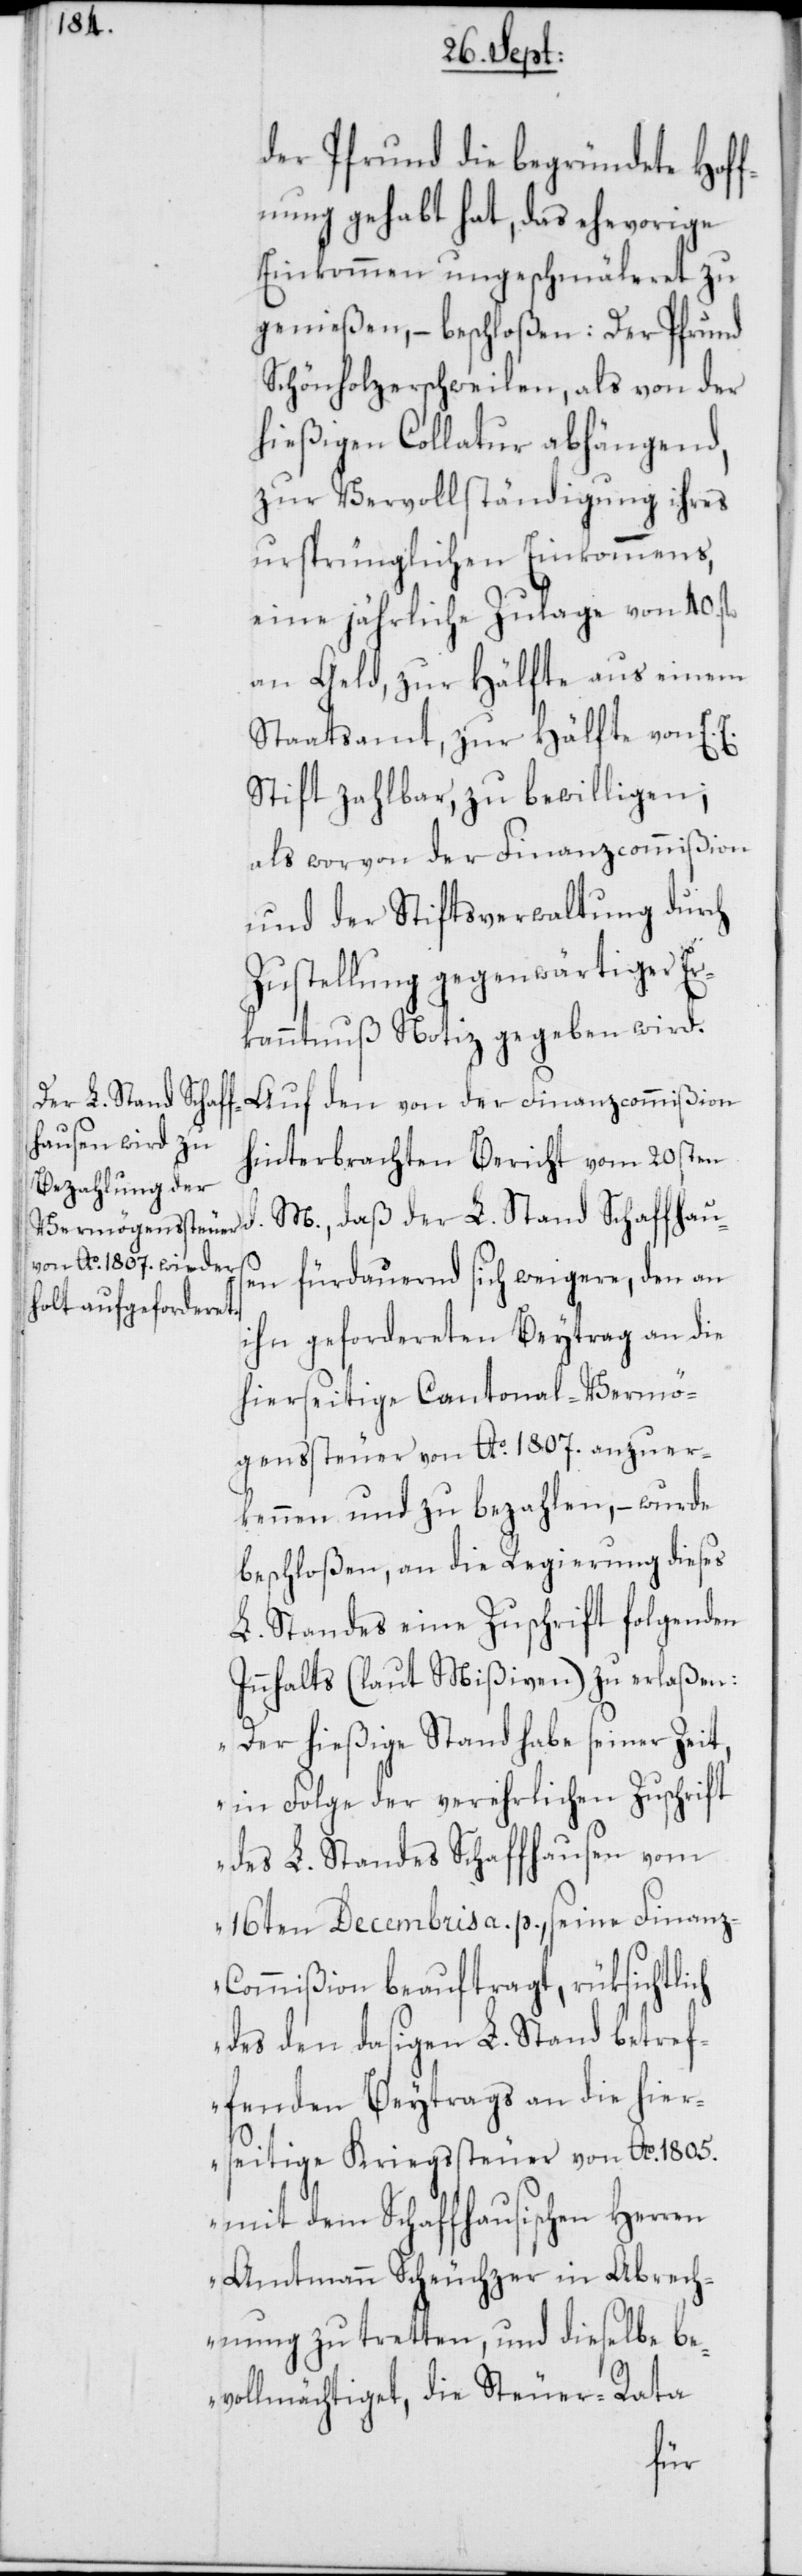
fhaus¬

der Pfrund die begründete Hoff¬
nung gehabt hat, daß ehevorige
Einkommen ungeschmäleret zu
genießen, – beschloßen: Der Pfrund
Schönholzerschweilen, als von der
hießigen Collatur abhängend,
zur Vervollständigung ihres
ursprünglichen Einkommens,
eine jährliche Zulage von 40.
an Geld, zur Hälfte aus einem
Staatsamt, zur Hälfte von E. E.
Stift zahlbar, zu bewilligen;
als worvon der Finanzcommißion
und der Stiftsverwaltung durch
Zustellung gegenwärtiger Er¬
kanntnuß Notiz gegeben wird.
der L. Stand Schaf¬
Auf den von der Finanzcommißion
hinterbrachten Bericht vom 20sten
en fürdauernd sich weigere, den an
ihn gefordereten Beytrag an die
hierseitige Cantonal-Vermö¬
genssteuer von Ao. 1807. anzuer¬
kennen und zu bezahlen, – wurde
beschloßen, an die Regierung dieses
L. Standes eine Zuschrift folgenden
Innhalts (laut Mißiven) zu erlaßen:
„Der hießige Stand habe seiner Zeit,
in Folge der verehrlichen Zuschrift
des L. Standes Schaffhausen vom
16ten Decembris a. p., seine Finanz-C¬
ommißion beauftragt, rüksichtlich
des den dasigen L. Stand betref¬
fenden Beytrags an die hier¬
seitige Kriegssteuer von Ao. 1805.
mit dem Schaffhausischen Herren
Amtmann Scheuchzer in Abrech¬
nung zu tretten, und dieselbe be¬
vollmächtiget, die Steuer-Rata